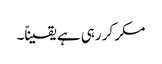
مکر کر رہی ہے یقیناً۔